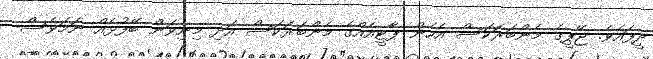
ދީފައެވެ. ޖޭޕީގެ މެންބަރަކަސް އެހެން ޕާޓީއެއްގެ މެންބަރަކަސް އަދި މިނިވަން ބޭފުޅެއް ނަމަވެސް